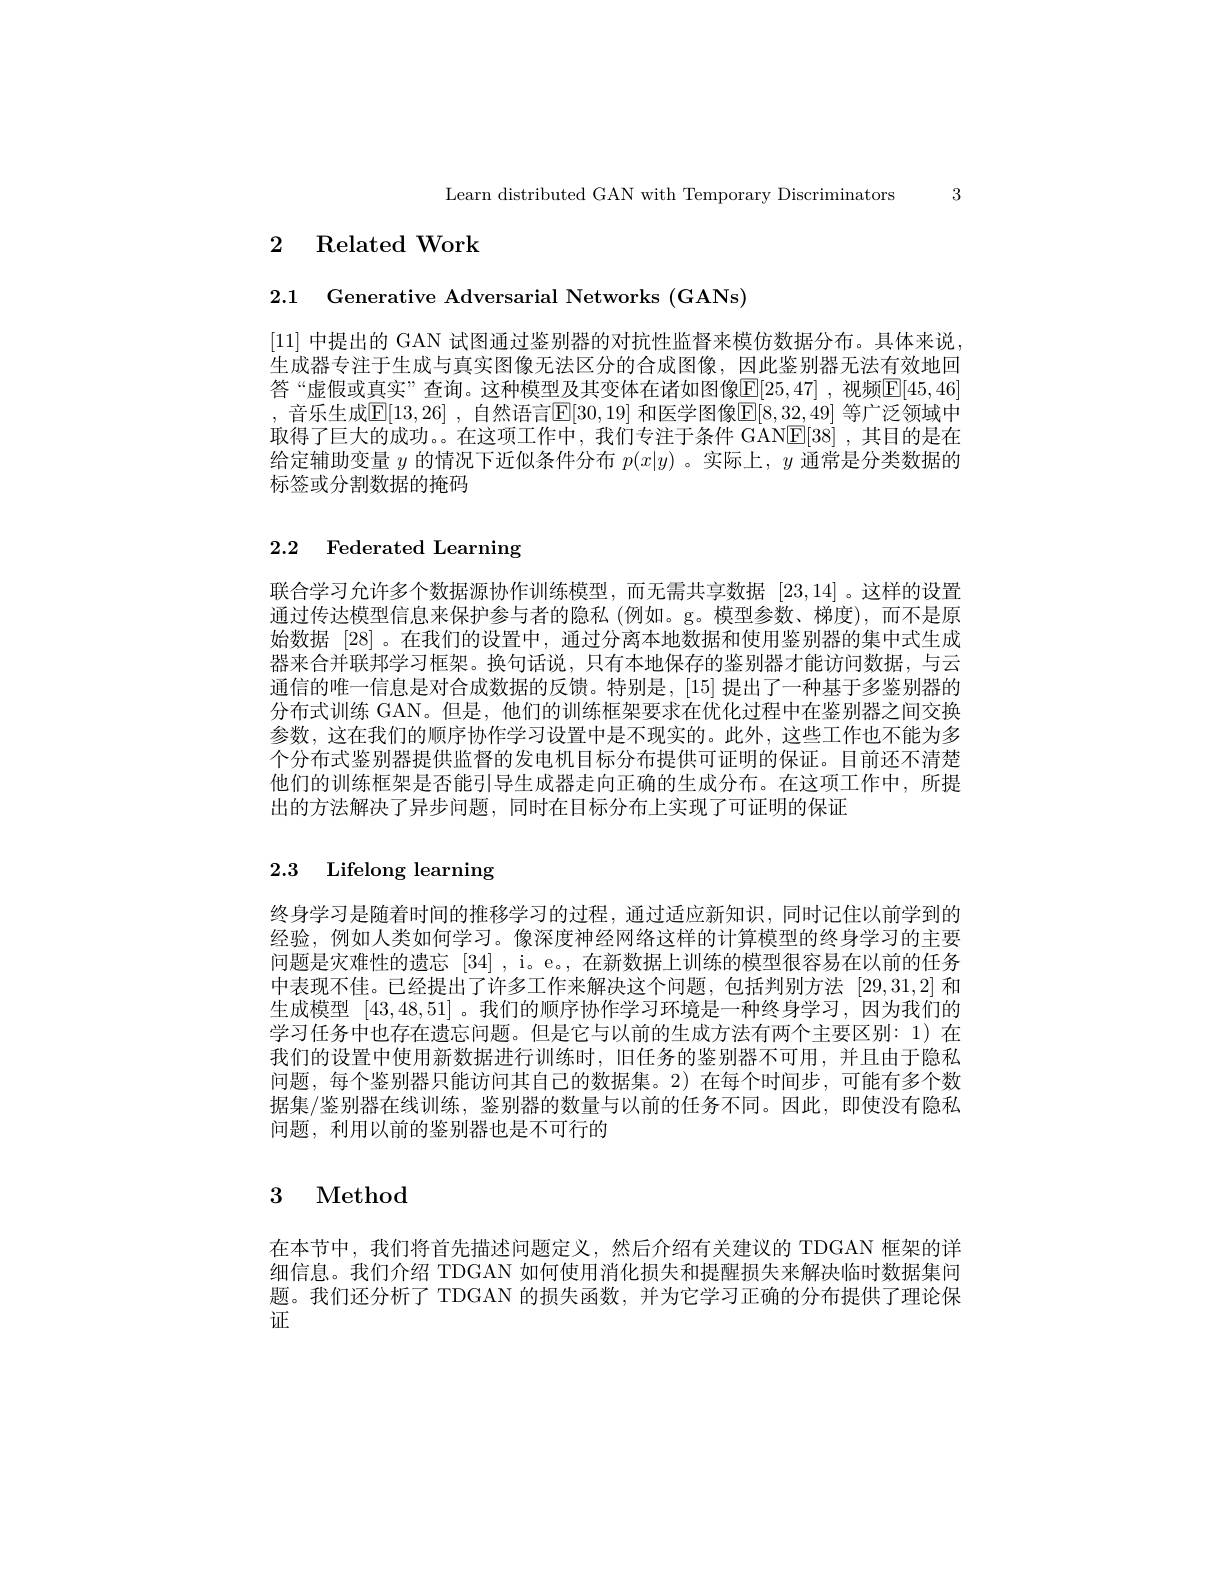
Learn distributed GAN with Temporary Discriminators 3

## 2 Related Work

2.1 Generative Adversarial Networks (GANs)

[11] 中提出的 GAN 试图通过鉴别器的对抗性监督来模仿数据分布。具体来说生成器专注于生成与真实图像无法区分的合成图像，因此鉴别器无法有效地回答“虚假或真实”查询。这种模型及其变体在诸如图像$\mathbb{E}[25,47]$ ,视频$\mathbb{E}[45,46]$ , 音乐生成$\mathbb{E}[13,26]$ ,自然语言$\mathbb{E}[30,19]$ 和医学图像$\mathbb{E}[8,3\underline{2},49]$ 等广泛领域中取得了巨大的成功。。在这项工作中，我们专注于条件 GANE[38] ,其目的是在给定辅助变量$y$的情况下近似条件分布$p(x|y)$ 。实际上，$y$通常是分类数据的标签或分割数据的掩码

# 2.2 Federated Learning

联合学习允许多个数据源协作训练模型，而无需共享数据[23,14] 。这样的设置通过传达模型信息来保护参与者的隐私(例如。g。模型参数、梯度),而不是原始数据[28]。在我们的设置中，通过分离本地数据和使用鉴别器的集中式生成器来合并联邦学习框架。换句话说，只有本地保存的鉴别器才能访问数据，与云通信的唯一信息是对合成数据的反馈。特别是，[15] 提出了一种基于多鉴别器的分布式训练 GAN。但是，他们的训练框架要求在优化过程中在鉴别器之间交换参数，这在我们的顺序协作学习设置中是不现实的。此外，这些工作也不能为多个分布式鉴别器提供监督的发电机目标分布提供可证明的保证。目前还不清楚他们的训练框架是否能引导生成器走向正确的生成分布。在这项工作中，所提出的方法解决了异步问题，同时在目标分布上实现了可证明的保证

# 2.3 Lifelong learning

终身学习是随着时间的推移学习的过程，通过适应新知识，同时记住以前学到的经验，例如人类如何学习。像深度神经网络这样的计算模型的终身学习的主要问题是灾难性的遗忘[34] , i。e。, 在新数据上训练的模型很容易在以前的任务中表现不佳。已经提出了许多工作来解决这个问题，包括判别方法[29,31,2]和生成模型[43,48,51] 。我们的顺序协作学习环境是一种终身学习，因为我们的学习任务中也存在遗忘问题。但是它与以前的生成方法有两个主要区别：1)在我们的设置中使用新数据进行训练时，旧任务的鉴别器不可用，并且由于隐私问题，每个鉴别器只能访问其自己的数据集。2)在每个时间步，可能有多个数据集/鉴别器在线训练，鉴别器的数量与以前的任务不同。因此，即使没有隐私问题，利用以前的鉴别器也是不可行的

# 3 Method

在本节中，我们将首先描述问题定义，然后介绍有关建议的 TDGAN 框架的详细信息。我们介绍 TDGAN 如何使用消化损失和提醒损失来解决临时数据集问题。我们还分析了 TDGAN 的损失函数，并为它学习正确的分布提供了理论保证